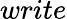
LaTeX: write